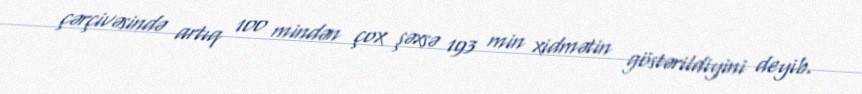
çərçivəsində artıq 100 mindən çox şəxsə 193 min xidmətin göstərildiyini deyib.